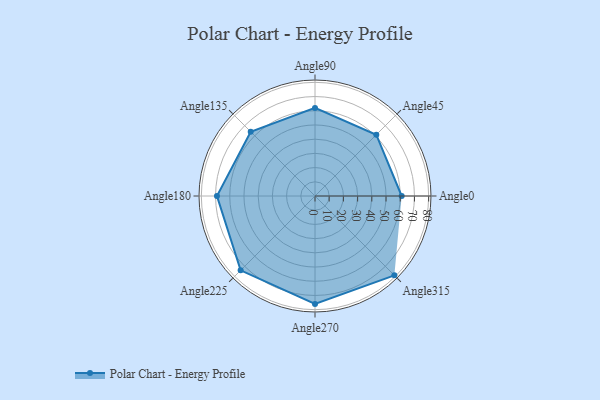
{"axis": {"x": "Angle", "y": "Radius"}, "legend": [""], "data": [{"x": "Angle0", "y": 61.0, "type": ""}, {"x": "Angle45", "y": 61.0, "type": ""}, {"x": "Angle90", "y": 62.0, "type": ""}, {"x": "Angle135", "y": 64.0, "type": ""}, {"x": "Angle180", "y": 69.0, "type": ""}, {"x": "Angle225", "y": 74.0, "type": ""}, {"x": "Angle270", "y": 76.0, "type": ""}, {"x": "Angle315", "y": 79.0, "type": ""}]}